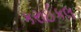
કરાઈકલ